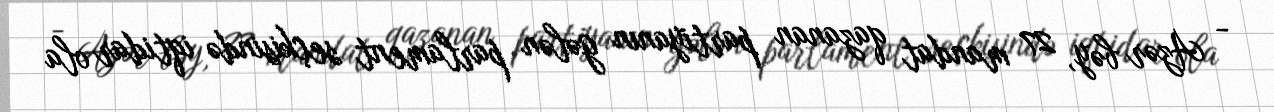
- Azər bəy, 27 mandat qazanan partiyanın gələn parlament seçkisində iqtidar ola